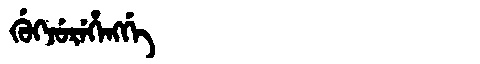
Manchu: ᡤᡠᡴᠵᡠᡵᡝᡥᡝᠩᡤᡝ
Romanization: GUKJUREHENGGE